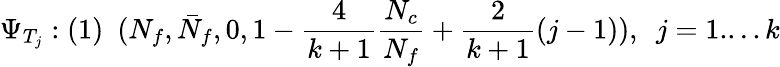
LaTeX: \Psi_{T_{j}}:(1)\ \ (N_{f},\bar{N}_{f},0,1-\frac{4}{k+1}\frac{N_{c}}{N_{f}}+\frac{2}{k+1}(j-1)),\ \ j=1....k